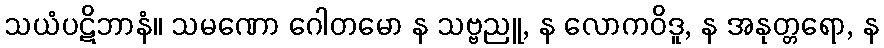
သယံပဋိဘာနံ။ သမဏော ဂေါတမော န သဗ္ဗညူ, န လောကဝိဒူ, န အနုတ္တရော, န